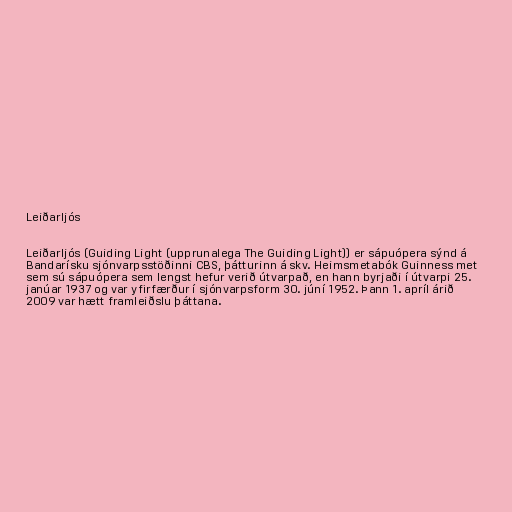
Leiðarljós

Leiðarljós (Guiding Light (upprunalega The Guiding Light)) er sápuópera sýnd á
Bandarísku sjónvarpsstöðinni CBS, þátturinn á skv. Heimsmetabók Guinness met
sem sú sápuópera sem lengst hefur verið útvarpað, en hann byrjaði í útvarpi 25.
janúar 1937 og var yfirfærður í sjónvarpsform 30. júní 1952. Þann 1. apríl árið
2009 var hætt framleiðslu þáttana.